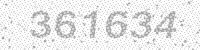
Solution: 361634